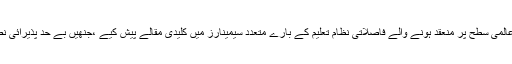
انھوں نے عالمی سطح پر منعقد ہونے والے فاصلاتی نظام تعلیم کے بارے متعدد سیمینارز میں کلیدی مقالے پیش کیے ،جنھیں بے حد پذیرائی نصیب ہوئی۔